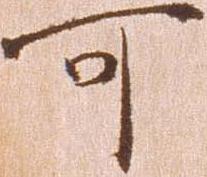
可